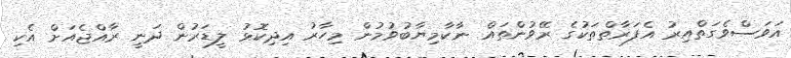
އަވަސްވެގަތްއިރު އެފަރާތްތަކުގެ ރޭވުންތައް ނާކާމިޔާބުވުމުން މިހާރު އިދިކޮޅު ލީޑަރުން ދަނީ ރާއްޖެއަށް އެކި